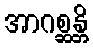
အာဂစ္ဆန္တိ